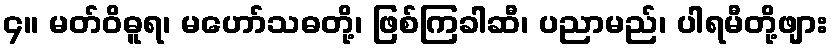
၄။ မတ်ဝိဓူရ၊ မဟော်သဓတို့၊ ဖြစ်ကြခါဆီ၊ ပညာမည်၊ ပါရမီတို့ဖျား